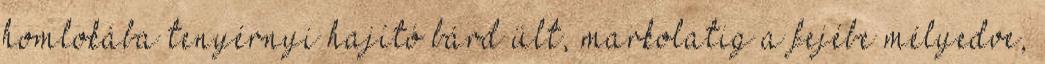
homlokába tenyérnyi hajító bárd ült, markolatig a fejébe mélyedve,